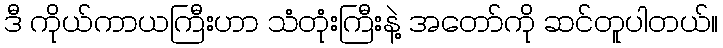
ဒီ ကိုယ်ကာယကြီးဟာ သံတုံးကြီးနဲ့ အတော်ကို ဆင်တူပါတယ်။